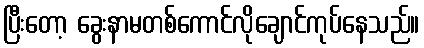
ပြီးတော့ ခွေးနာမတစ်ကောင်လိုချောင်ကုပ်နေသည်။